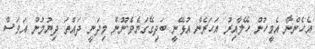
އެހެންނާ އެމީހުން ހޭލާއިރު އަހަރެން އުޅޭނީ ބަދިގޭގަޔެވެ.ނޫން މިދަނީ ދައްތަ ދިޔުމުން އަވަސް